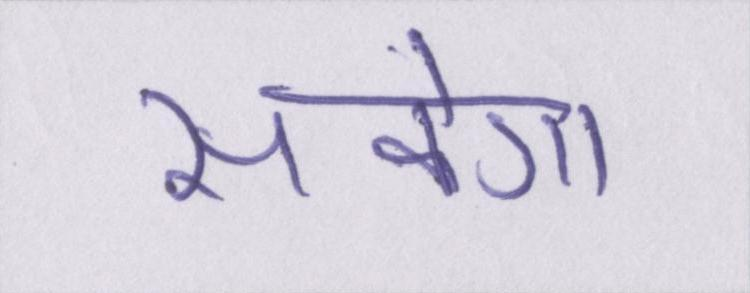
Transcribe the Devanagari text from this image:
सकेगा